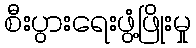
စီးပွားရေးဖွံ့ဖြိုးမှု